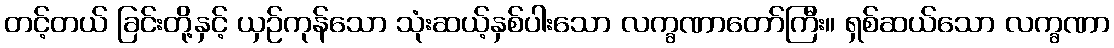
တင့်တယ် ခြင်းတို့နှင့် ယှဉ်ကုန်သော သုံးဆယ့်နှစ်ပါးသော လက္ခဏာတော်ကြီး။ ရှစ်ဆယ်သော လက္ခဏာ